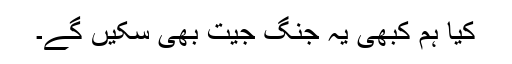
کیا ہم کبھی یہ جنگ جیت بھی سکیں گے۔